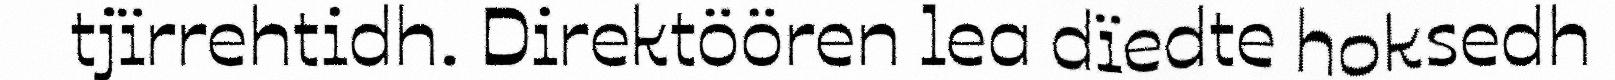
tjïrrehtidh. Direktöören lea dïedte hoksedh